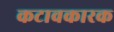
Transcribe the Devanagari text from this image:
कटावकारक